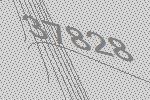
37828